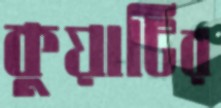
কুয়াটির